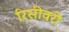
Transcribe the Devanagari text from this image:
रिसीवरी